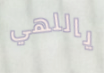
ياللهي